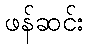
ဖန်ဆင်း